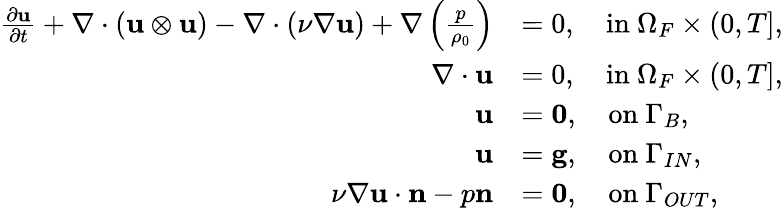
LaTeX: \begin{array}{rl}{\frac{\partial\mathbf{u}}{\partial t}+\nabla\cdot(\mathbf{u}\otimes\mathbf{u})-\nabla\cdot(\nu\nabla\mathbf{u})+\nabla\left(\frac{p}{\rho_{0}}\right)}&{=0,\quad\mathrm{in~}\Omega_{F}\times(0,T],}\\ {\nabla\cdot\mathbf{u}}&{=0,\quad\mathrm{in~}\Omega_{F}\times(0,T],}\\ {\mathbf{u}}&{=\textbf{0},\quad\mathrm{on~}\Gamma_{B},}\\ {\mathbf{u}}&{=\mathbf{g},\quad\mathrm{on~}\Gamma_{IN},}\\ {\nu\nabla\mathbf{u}\cdot\mathbf{n}-p\mathbf{n}}&{=\textbf{0},\quad\mathrm{on~}\Gamma_{OUT},}\end{array}